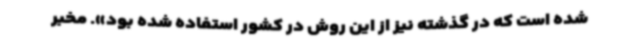
شده است که در گذشته نیز از این روش در کشور استفاده شده بود». مخبر